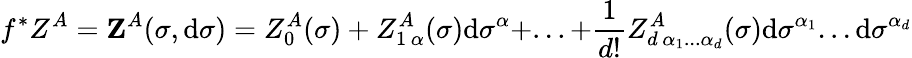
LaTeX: f^{*}Z^{A}=\mathbf{Z}^{A}(\sigma,\mathrm{d}\sigma)=Z_{0}^{A}(\sigma)+Z_{1\, \alpha}^{A}(\sigma)\mathrm{d}\sigma^{\alpha}+...+\frac{1}{d!}Z_{d\, \alpha_{1}...\alpha_{d}}^{A}(\sigma)\mathrm{d}\sigma^{\alpha_{1}}...\mathrm{d}\sigma^{\alpha_{d}}